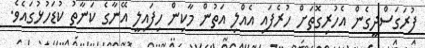
ފުރަގަސްދީގެން އެހުރިގޮތަށް ހުރެފައި އެއްލި އަތުން މާކިން ހިފައިލީ އޭނާގެ ކަނާތު ކުޑަހުޅުގައެވެ.